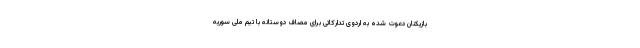
بازیکنان دعوت شده به اردوی تدارکاتی برای مصاف دوستانه با تیم ملی سوریه